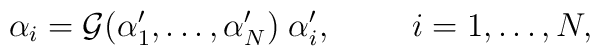
\alpha_i={\cal{G}}(\alpha'_1, \ldots , \alpha'_N) \; \alpha'_i, \hspace{10mm}i= 1, \ldots , N ,